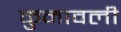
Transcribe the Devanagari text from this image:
कुनावली